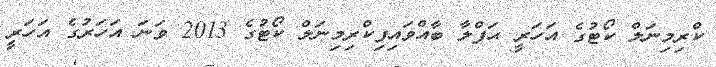
ކްރިމިނަލް ކޯޓުގެ އަހަރީ ޙަފްލާ ބާއްވައިފިކްރިމިނަލް ކޯޓުގެ 2013 ވަނަ އަހަރުގެ އަހަރީ